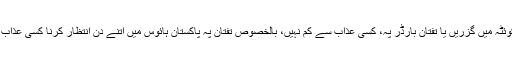
یہ پندرہ دن کوئٹہ میں گزریں یا تفتان بارڈر پہ، کسی عذاب سے کم نہیں، بالخصوص تفتان پہ پاکستان ہائوس میں اتنے دن انتظار کرنا کسی عذاب سے کم نہیں۔